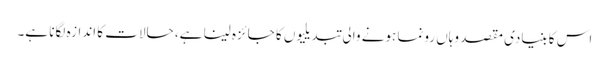
اس کا بنیادی مقصد وہاں رونما ہونے والی تبدیلیوں کا جائزہ لینا ہے، حالات کا اندازہ لگانا ہے۔